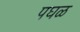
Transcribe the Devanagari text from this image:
पघळ